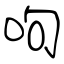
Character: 呴